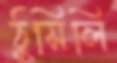
ঠুসিলি